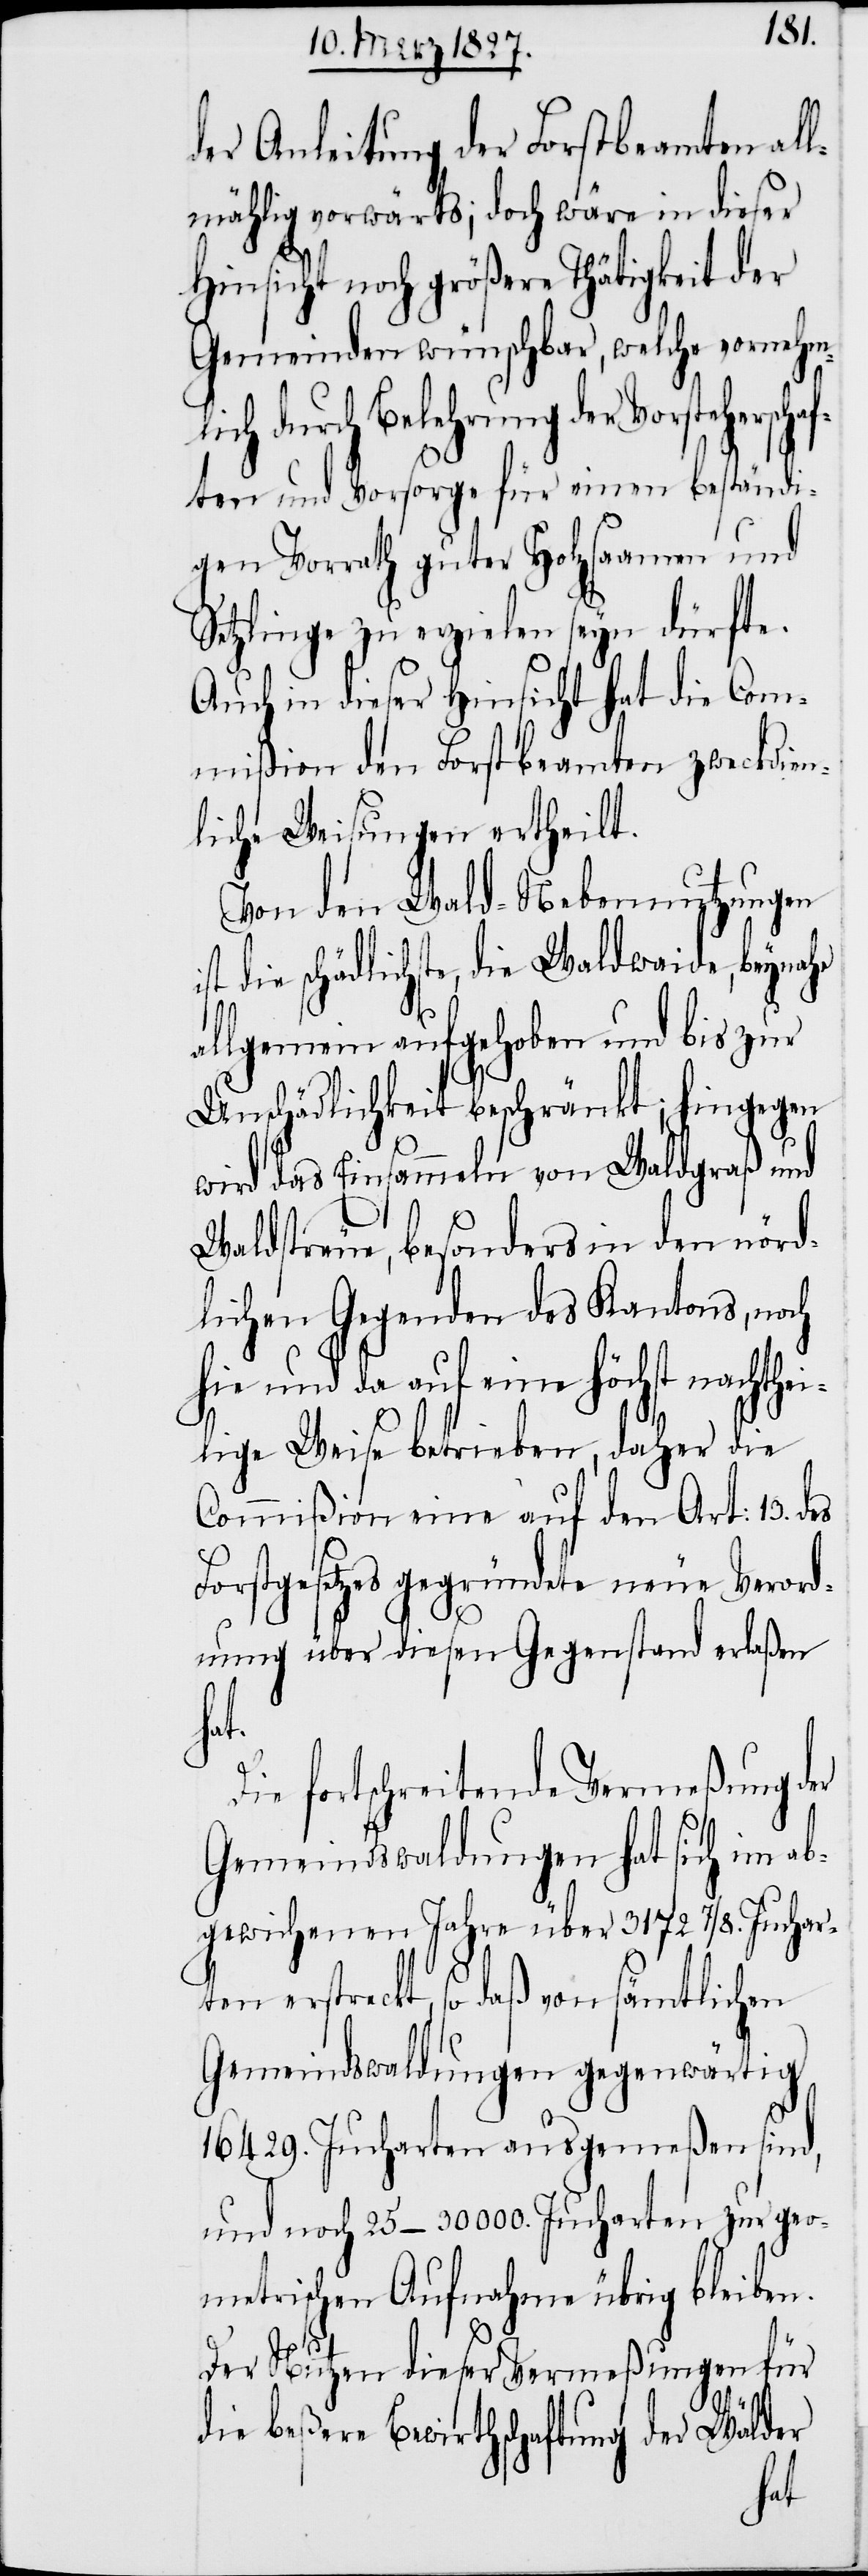
der Anleitung der Forstbeamten all¬
mählig vorwärts; doch wäre in dieser
Hinsicht noch größere Thätigkeit der
Gemeinden wünschbar, welche vornehm¬
lich durch Belehrung der Vorsteherscha¬
ften und Vorsorge für einen beständi¬
gen Vorrath guter Holzsaamen und
Setzlinge zu erzielen seyn dürfte.
Auch in dieser Hinsicht hat die Com¬
mißion den Forstbeamten zweckdien¬
liche Weisungen ertheilt.
Von den Wald-Nebennutzungen
st die schädlichste, die Waldwaide, beynahe
allgemein aufgehoben und bis zur
Unschädlichkeit beschränkt; hingegen
wird das Einsammeln von Waldgraß und
Waldstreue, besonders in den nörd¬
lichen Gegenden des Kantons, noch
hie und da auf eine höchst nachthei¬
lige Weise betrieben, daher die
Commißion eine auf den Art: 13. des
Forstgesetzes gegründete neue Verord¬
nung über diesen Gegenstand erlaßen
hat.
ie fortschreitende Vermeßung der
Gemeindswaldungen hat sich im ab¬
gewichenen Jahre über 3172. 7/8. Juchar¬
ten erstreckt, so daß von sämtlichen
Gemeindswaldungen gegenwärtig
16429. Jucharten ausgemeßen sind,
und noch 25–30000. Jucharten zur geo¬
metrischen Aufnahme übrig bleiben.
Der Nutzen dieser Vermeßungen für
D¬
die beßere Bewirthschaftung der Wälder